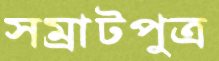
সম্রাটপুত্র